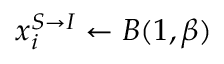
x _ { i } ^ { S \rightarrow I } \leftarrow B ( 1 , \beta )